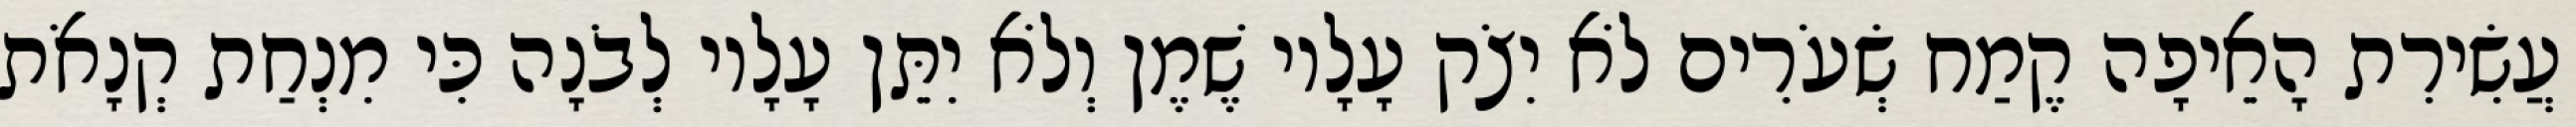
עֲשִׂירִת הָאֵיפָה קֶמַח שְׂעֹרִים לֹא יִצֹק עָלָיו שֶׁמֶן וְלֹא יִתֵּן עָלָיו לְבֹנָה כִּי מִנְחַת קְנָאֹת